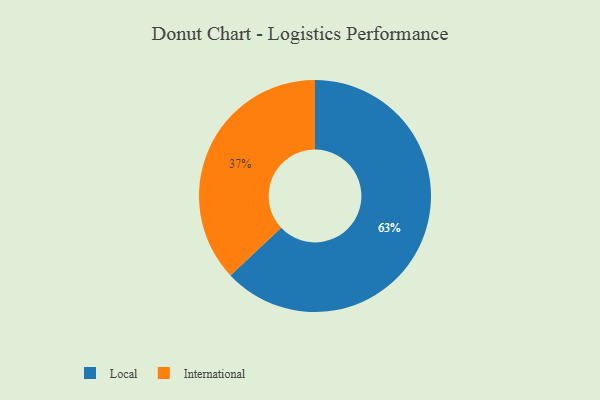
{"axis": {"x": "Category", "y": "Percentage"}, "legend": ["International", "Local"], "data": [{"x": "International", "y": 37, "type": "International"}, {"x": "Local", "y": 63, "type": "Local"}]}